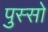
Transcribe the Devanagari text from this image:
पुस्सो